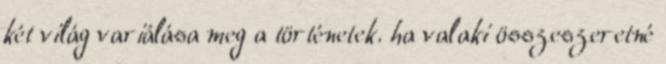
két világ variálása meg a történetek. ha valaki összeszeretné